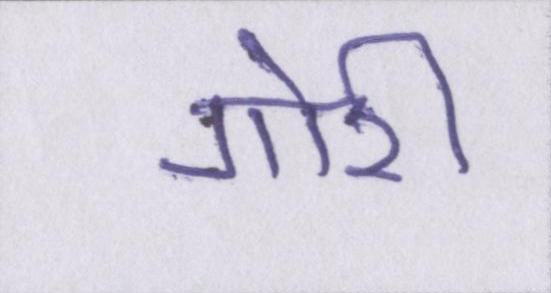
गोरी